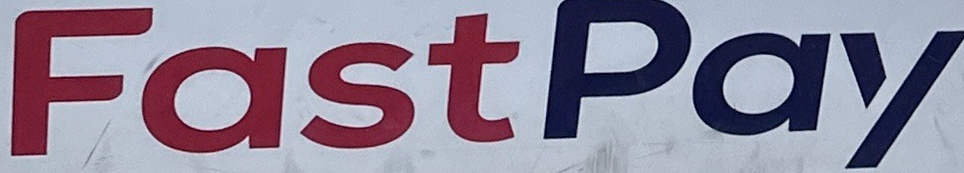
FastPay